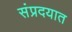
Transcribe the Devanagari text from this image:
संप्रदयात